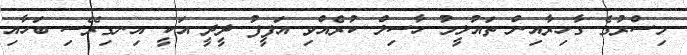
މިސްރުގެ ގާހިރާއިން ތައުލީމު ހާސިލް ކުރެއްވި އަފީފު ދީދީ އަކީ އިނގިރޭސި ބަހާއި